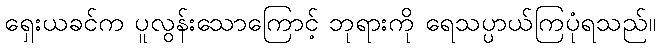
ရှေးယခင်က ပူလွန်းသောကြောင့် ဘုရားကို ရေသပ္ပာယ်ကြပုံရသည်။